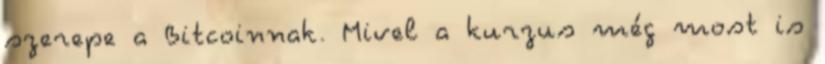
szerepe a Bitcoinnak. Mivel a kurzus még most is